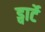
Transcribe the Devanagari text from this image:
ड्वार्टे